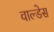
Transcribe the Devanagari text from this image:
वाल्डेस